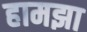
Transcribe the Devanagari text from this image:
हामझा